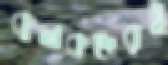
কৃষকদেরই